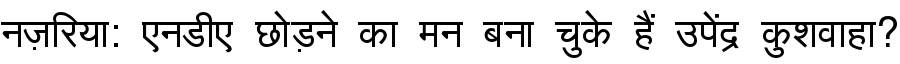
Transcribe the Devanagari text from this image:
नज़रिया: एनडीए छोड़ने का मन बना चुके हैं उपेंद्र कुशवाहा?